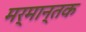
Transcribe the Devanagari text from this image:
मर्मान्तक